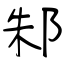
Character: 邾